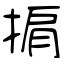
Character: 掮